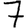
Digit: 7